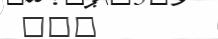
١١٩